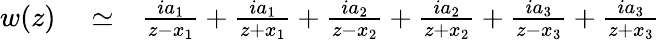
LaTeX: \begin{array}{rlr}{w(z)}&{{}\simeq}&{\frac{ia_{1}}{z-x_{1}}+\frac{ia_{1}}{z+x_{1}}+\frac{ia_{2}}{z-x_{2}}+\frac{ia_{2}}{z+x_{2}}+\frac{ia_{3}}{z-x_{3}}+\frac{ia_{3}}{z+x_{3}}}\end{array}